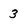
Character: 3